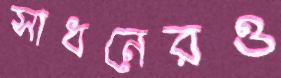
সাধনেরও